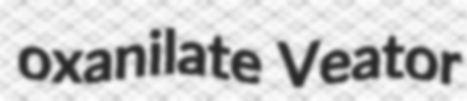
oxanilate Veator